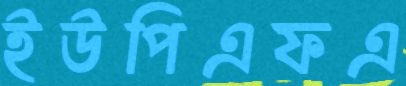
ইউপিএফএ